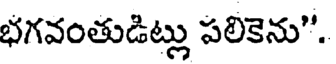
భగవంతుడిట్లు పలికెను".